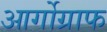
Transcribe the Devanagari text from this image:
आर्गोग्राफ